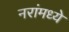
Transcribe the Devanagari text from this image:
नरांमध्ये